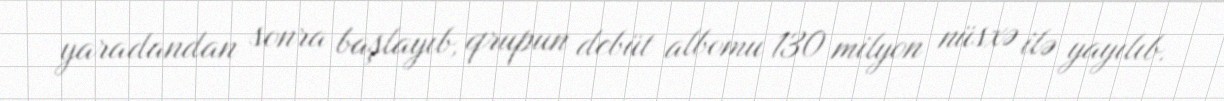
yaradandan sonra başlayıb, qrupun debüt albomu 130 milyon nüsxə ilə yayılıb.